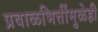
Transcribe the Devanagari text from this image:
प्रवाळभित्तींमुळेही